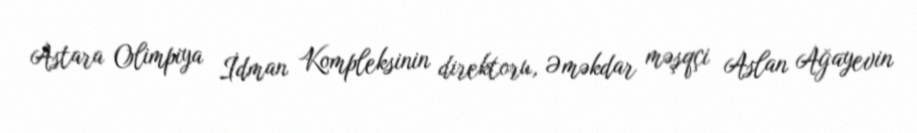
Astara Olimpiya İdman Kompleksinin direktoru, Əməkdar məşqçi Aslan Ağayevin